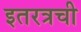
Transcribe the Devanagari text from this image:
इतरत्रची